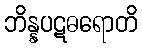
ဘိန္နပဋဓရောတိ